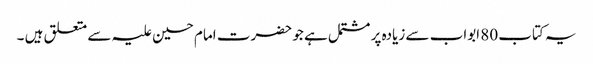
یہ کتاب 80 ابواب سے زیادہ پر مشتمل ہے جو حضرت امام حسین علیہ سے متعلق ہیں ۔